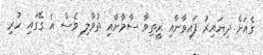
ގެއަށް ދިޔައިރު ފައިވާނާއި ރީތިވާ ސާމާނާއި ތުވާލި ވެސް އެ ގޭގައި ހުރި